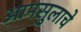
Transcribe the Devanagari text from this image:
आमसुलाचे